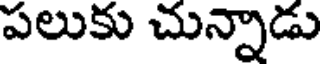
పలుకు చున్నాడు